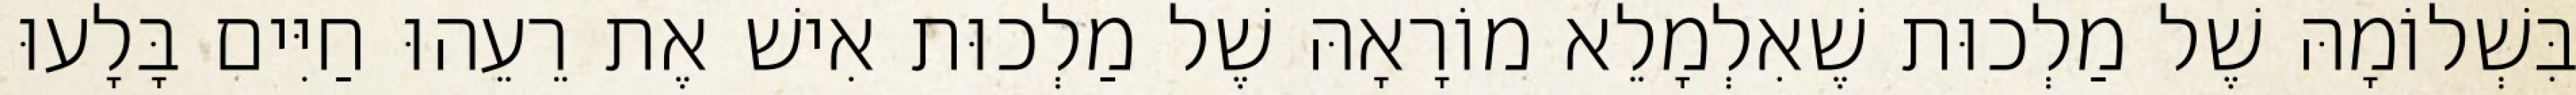
בִּשְׁלוֹמָהּ שֶׁל מַלְכוּת שֶׁאִלְמָלֵא מוֹרָאָהּ שֶׁל מַלְכוּת אִישׁ אֶת רֵעֵהוּ חַיִּים בָּלָעוּ